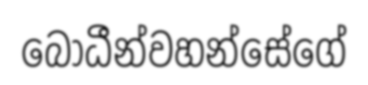
බෝධීන්වහන්සේගේ